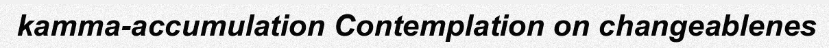
kamma-accumulation Contemplation on changeablenes